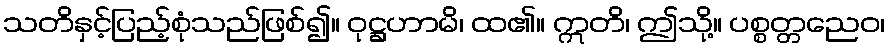
သတိနှင့်ပြည့်စုံသည်ဖြစ်၍။ ဝုဋ္ဌဟာမိ၊ ထ၏။ ဣတိ၊ ဤသို့။ ပစ္စတ္တညေဝ၊